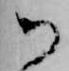
御